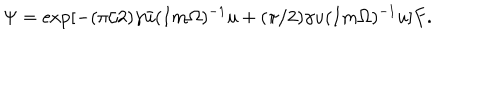
LaTeX: \Psi = \exp [ - ( \pi / 2 ) \gamma \bar { u } ( I m \Omega ) ^ { - 1 } u + ( \pi / 2 ) \gamma u ( I m \Omega ) ^ { - 1 } u ] F .